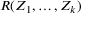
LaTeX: R ( Z _ { 1 } , \dots , Z _ { k } )